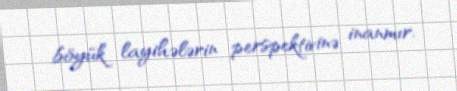
böyük layihələrin perspektivinə inanmır.